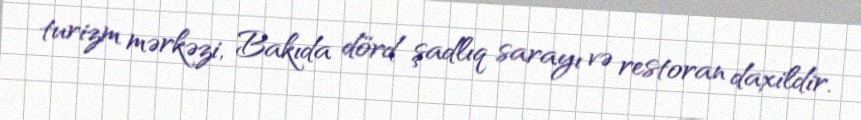
turizm mərkəzi, Bakıda dörd şadlıq sarayı və restoran daxildir.